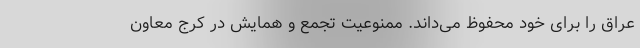
عراق را برای خود محفوظ می‌داند. ممنوعیت تجمع و همایش در کرج معاون